Leprosy in India: report of the Leprosy Commission in India, 1890-91
Year: 1890
Disease focus: Leprosy
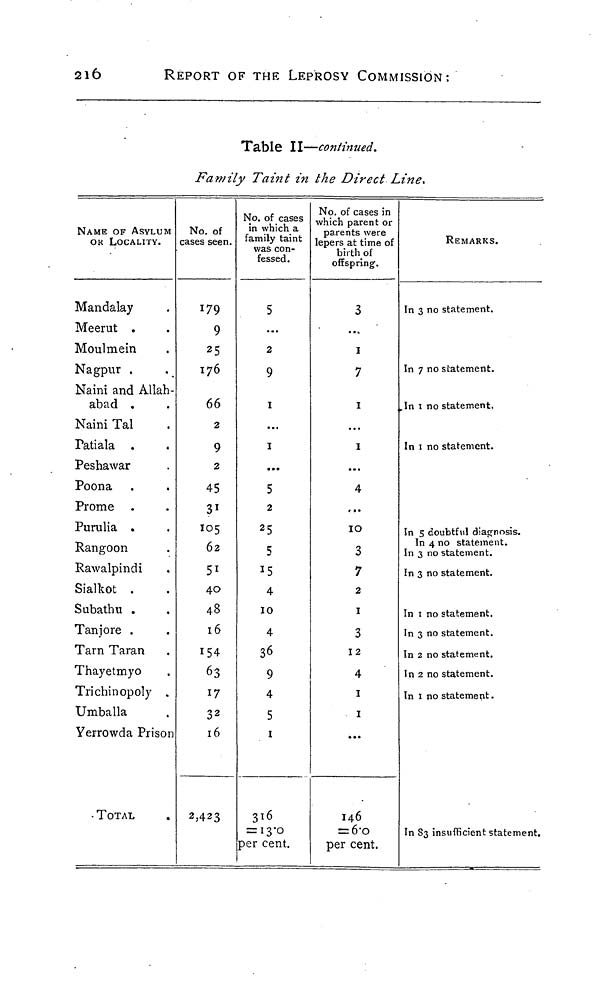
216
REPORT OF THE LEPROSY COMMISSION;
Table II—continued.
Family Taint in the Direct Line,
NAME OF ASYLUM
OK LOCALITY.
Mandalay
Meerut .
Moulmein
Nagpur .
Naini and Allah-
abad .
Naini Tal
Patiala .
Peshawar
Poona
Prome
Purulia .
Rangoon
Rawalpindi
Sialkot .
Subathu .
Tanjore .
Tarn Taran
Thayetmyo
Trichinopoly .
Umballa
Yerrowda Prison
TOTAL
No. of
cases seen.
179
9
25
176
66
2
9
2
45
31
105
62
51
40
48
16
154
63
17
32
16
2,423
No. of cases
in which a
family taint
was con-
fessed.
5
...
2
9
1
...
1
...
5
2
25
5
15
4
10
4
36
9
4
5
1
316
= 13.0
per cent.
No. of cases in
which parent or
parents were
lepers at time of
birth of
offspring.
3
...
1
7
1
...
1
...
4
...
10
3
7
2
1
3
12
4
1
1
...
146
= 6.0
per cent.
REMARKS.
In 3 no statement.
In 7 no statement.
In 1 no statement,
In 1 no statement.
In 5 doubtful diagnosis.
In 4 no statement.
In 3 no statement.
In 3 no statement.
In 1 no statement.
In 3 no statement.
In 2 no statement.
In 2 no statement.
In 1 no statement.
In S3 insufficient statement.